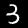
Digit: 3